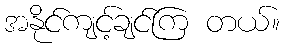
အနိုင်ကျင့်ချင်ကြ တယ်။